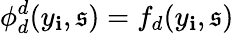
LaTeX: \phi_{d}^{d}(y_{\mathbf{i}},\mathfrak{{s}})=f_{d}(y_{\mathbf{i}},\mathfrak{{s}})